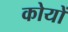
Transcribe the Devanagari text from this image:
कोयों